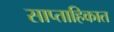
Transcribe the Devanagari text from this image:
साप्‍ताहिकात